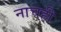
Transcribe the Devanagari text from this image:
नाचही